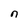
Character: n